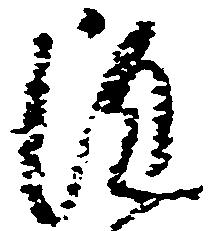
雖